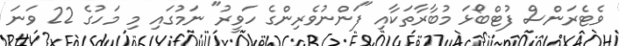
ވެޓެރަންސް ފުޓްބޯޅަ މުބާރާތަކާއި "ފަންނުވެރިންގެ ހަވީރު" ނަމުގައި މި މަހުގެ 22 ވަނަ